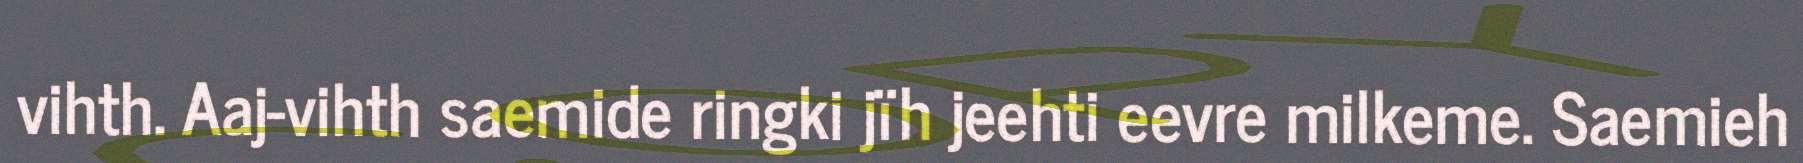
vihth. Aaj-vihth saemide ringki jïh jeehti eevre milkeme. Saemieh